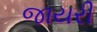
જાયરી